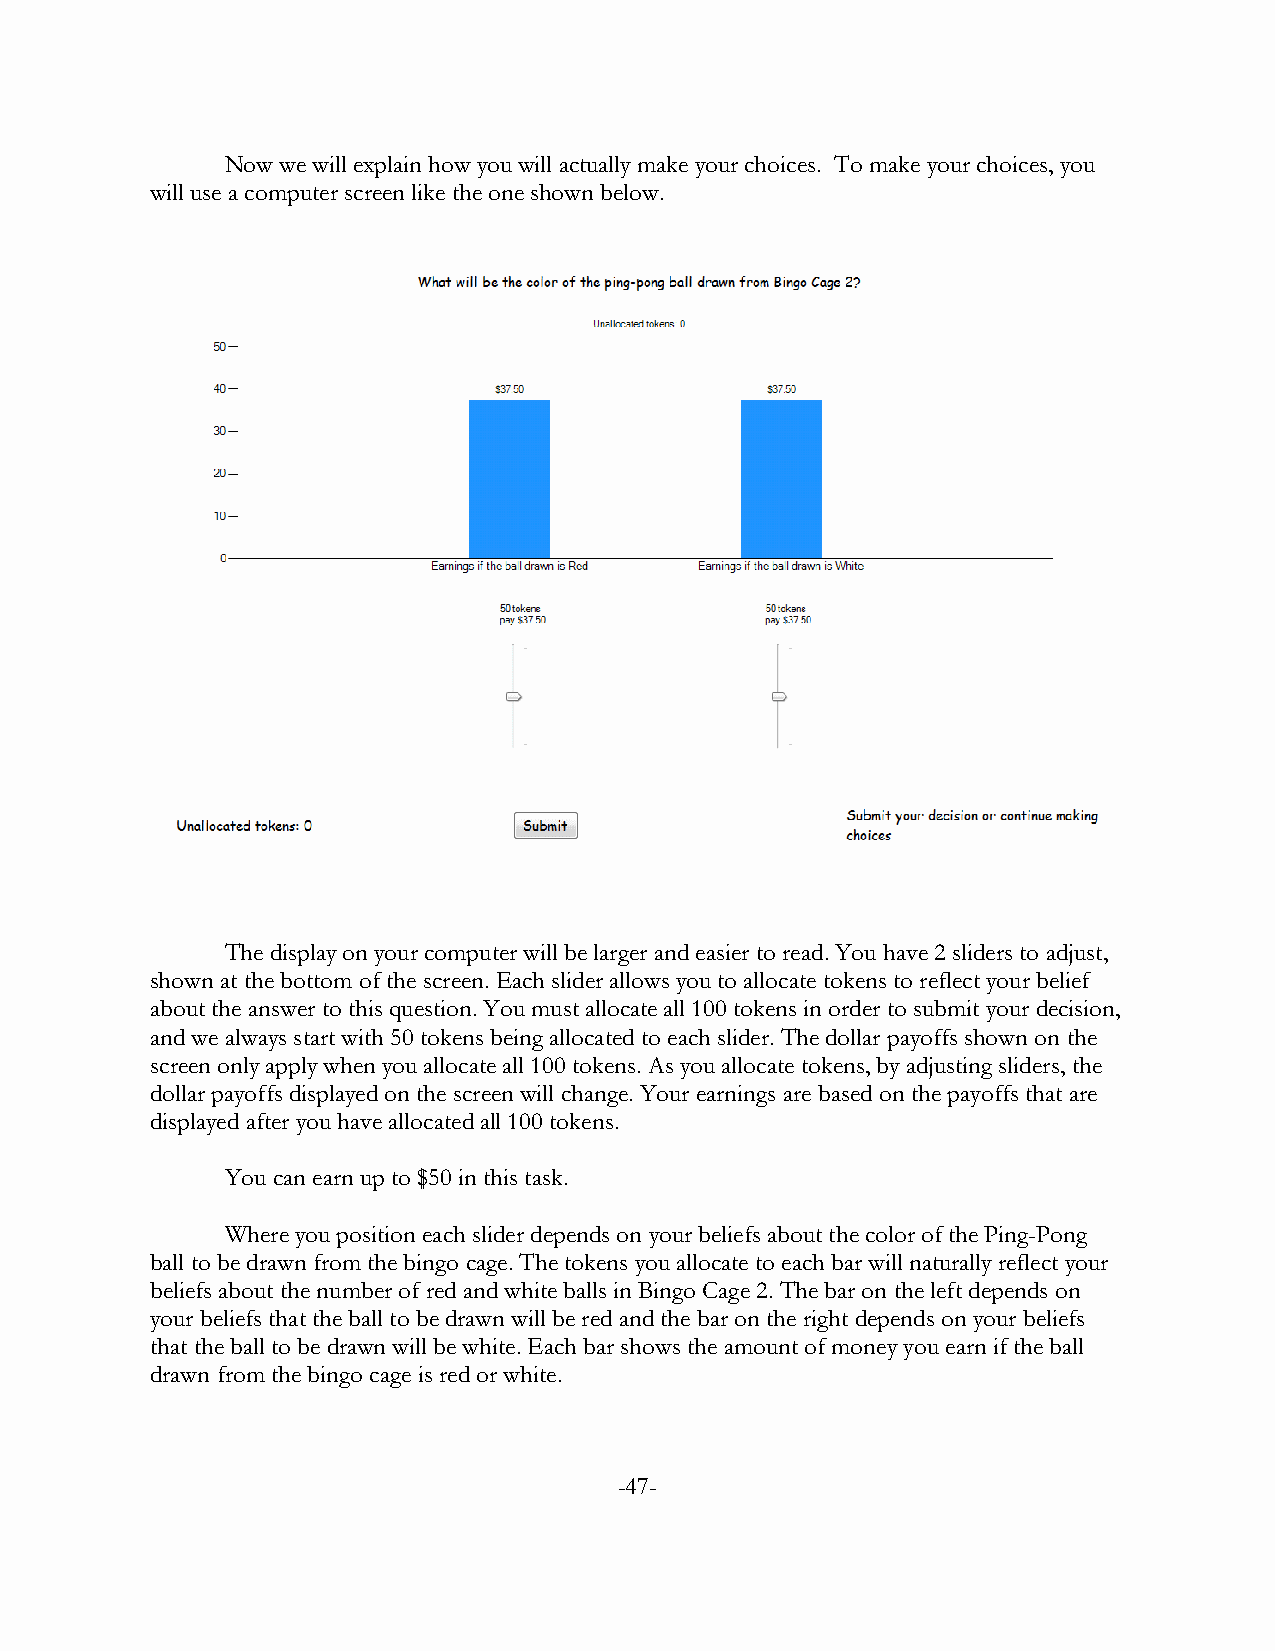
Now we will explain how you will actually make your choices. To make your choices, you
 will use a computer screen like the one shown below.
 The display on your computer will be larger and easier to read. You have 2 sliders to adjust,
 shown at the bottom of the screen. Each slider allows you to allocate tokens to reflect your belief
 about the answer to this question. You must allocate all 100 tokens in order to submit your decision,
 and we always start with 50 tokens being allocated to each slider. The dollar payoffs shown on the
 screen only apply when you allocate all 100 tokens. As you allocate tokens, by adjusting sliders, the
 dollar payoffs displayed on the screen will change. Your earnings are based on the payoffs that are
 displayed after you have allocated all 100 tokens.
 You can earn up to $50 in this task.
 Where you position each slider depends on your beliefs about the color of the Ping-Pong
 ball to be drawn from the bingo cage. The tokens you allocate to each bar will naturally reflect your
 beliefs about the number of red and white balls in Bingo Cage 2. The bar on the left depends on
 your beliefs that the ball to be drawn will be red and the bar on the right depends on your beliefs
 that the ball to be drawn will be white. Each bar shows the amount of money you earn if the ball
 drawn from the bingo cage is red or white.
 -47-